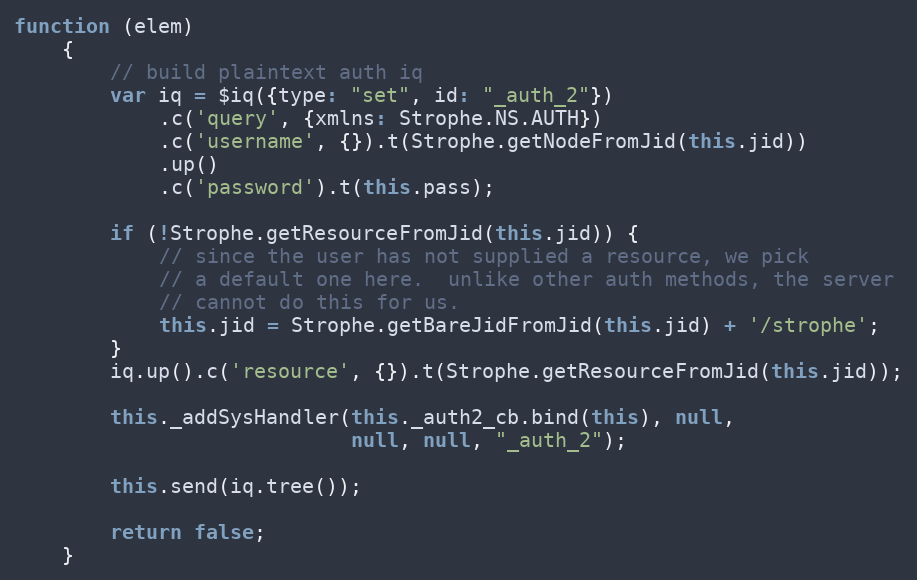
Language: JavaScript
function (elem)
    {
        // build plaintext auth iq
        var iq = $iq({type: "set", id: "_auth_2"})
            .c('query', {xmlns: Strophe.NS.AUTH})
            .c('username', {}).t(Strophe.getNodeFromJid(this.jid))
            .up()
            .c('password').t(this.pass);

        if (!Strophe.getResourceFromJid(this.jid)) {
            // since the user has not supplied a resource, we pick
            // a default one here.  unlike other auth methods, the server
            // cannot do this for us.
            this.jid = Strophe.getBareJidFromJid(this.jid) + '/strophe';
        }
        iq.up().c('resource', {}).t(Strophe.getResourceFromJid(this.jid));

        this._addSysHandler(this._auth2_cb.bind(this), null,
                            null, null, "_auth_2");

        this.send(iq.tree());

        return false;
    }